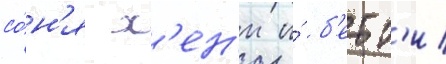
со́н'я х'ен'и и́ б'етт'и